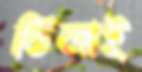
ভিজাই